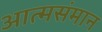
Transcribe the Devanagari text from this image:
आत्मसंमान